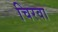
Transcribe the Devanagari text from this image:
चिरवा